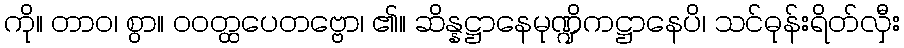
ကို။ တာဝ၊ စွာ။ ဝဝတ္ထပေတဗ္ဗော၊ ၏။ ဆိန္နဋ္ဌာနေမုဏ္ဍိကဋ္ဌာနေပိ၊ သင်ဓုန်းရိတ်လှီး